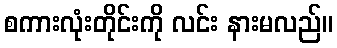
စကားလုံးတိုင်းကို လင်း နားမလည်။